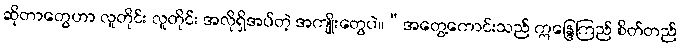
ဆိုတာတွေဟာ လူတိုင်း လူတိုင်း အလိုရှိအပ်တဲ့ အကျိုးတွေပဲ။“အတွေ့ကောင်းသည် ဣန္ဒြေကြည် စိတ်တည်